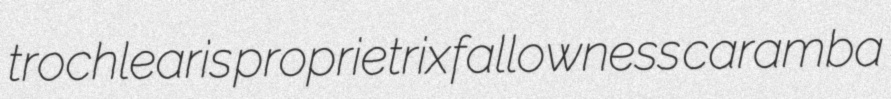
trochlearis proprietrix fallowness caramba